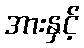
အားနှင့်